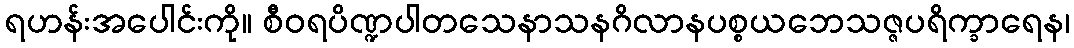
ရဟန်းအပေါင်းကို။ စီဝရပိဏ္ဍပါတသေနာသနဂိလာနပစ္စယဘေသဇ္ဇပရိက္ခာရေန၊